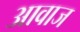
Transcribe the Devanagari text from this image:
अावाज